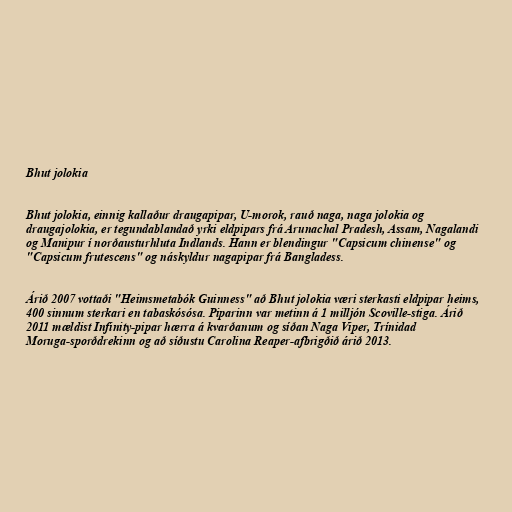
Bhut jolokia

Bhut jolokia, einnig kallaður draugapipar, U-morok, rauð naga, naga jolokia og
draugajolokia, er tegundablandað yrki eldpipars frá Arunachal Pradesh, Assam, Nagalandi
og Manipur í norðausturhluta Indlands. Hann er blendingur "Capsicum chinense" og
"Capsicum frutescens" og náskyldur nagapipar frá Bangladess.

Árið 2007 vottaði "Heimsmetabók Guinness" að Bhut jolokia væri sterkasti eldpipar heims,
400 sinnum sterkari en tabaskósósa. Piparinn var metinn á 1 milljón Scoville-stiga. Árið
2011 mældist Infinity-pipar hærra á kvarðanum og síðan Naga Viper, Trínidad
Moruga-sporðdrekinn og að síðustu Carolina Reaper-afbrigðið árið 2013.